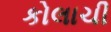
કોલાચી